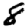
Digit: 8